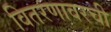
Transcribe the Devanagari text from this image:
वितरणावरची